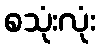
စသုံးလုံး